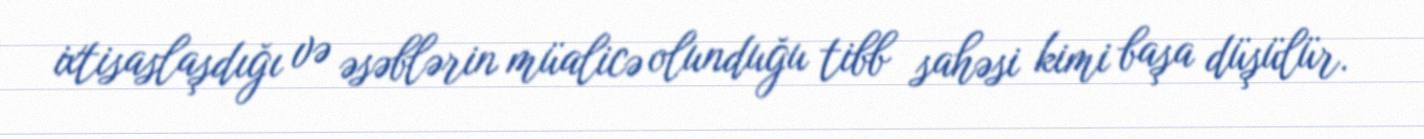
ixtisaslaşdığı və əsəblərin müalicə olunduğu tibb sahəsi kimi başa düşülür.